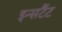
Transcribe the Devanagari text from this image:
इन्सटैंट